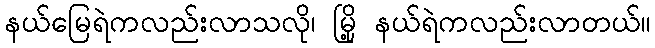
နယ်မြေရဲကလည်းလာသလို၊ မြို့ နယ်ရဲကလည်းလာတယ်။